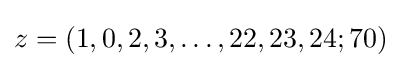
z=(1,0,2,3,\dots ,22,23,24;70)